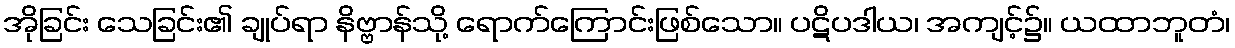
အိုခြင်း သေခြင်း၏ ချုပ်ရာ နိဗ္ဗာန်သို့ ရောက်ကြောင်းဖြစ်သော။ ပဋိပဒါယ၊ အကျင့်၌။ ယထာဘူတံ၊